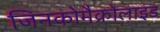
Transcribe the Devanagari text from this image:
जिनकोमैक्रोलाइड